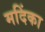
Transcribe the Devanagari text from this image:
मदिंका